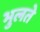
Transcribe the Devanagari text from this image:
भुलते